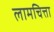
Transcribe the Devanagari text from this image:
लामचित्ता